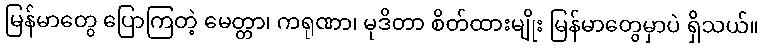
မြန်မာတွေ ပြောကြတဲ့ မေတ္တာ၊ ကရုဏာ၊ မုဒိတာ စိတ်ထားမျိုး မြန်မာတွေမှာပဲ ရှိသယ်။